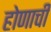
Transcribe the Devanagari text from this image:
होणाची